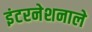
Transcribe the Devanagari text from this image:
इंटरनेशनाले